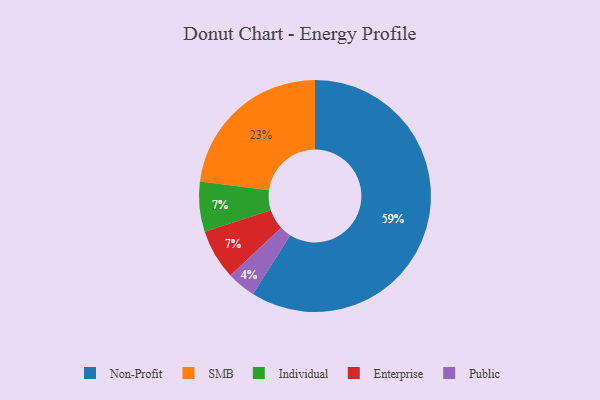
{"axis": {"x": "Category", "y": "Percentage"}, "legend": ["Enterprise", "Individual", "Non-Profit", "Public", "SMB"], "data": [{"x": "Public", "y": 4, "type": "Public"}, {"x": "SMB", "y": 23, "type": "SMB"}, {"x": "Individual", "y": 7, "type": "Individual"}, {"x": "Non-Profit", "y": 59, "type": "Non-Profit"}, {"x": "Enterprise", "y": 7, "type": "Enterprise"}]}